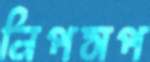
নিপসপ